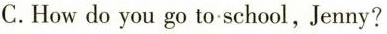
C.How do you go to school,Jenny?